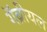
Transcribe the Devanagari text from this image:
गॅब्रीयल